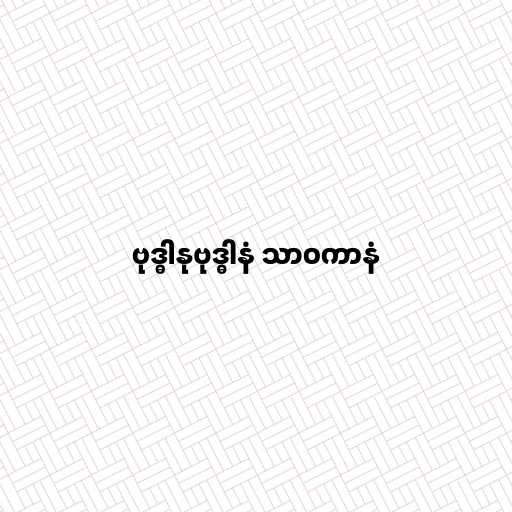
ဗုဒ္ဓါနုဗုဒ္ဓါနံ သာဝကာနံ